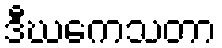
ဒီဃကေသတာ